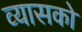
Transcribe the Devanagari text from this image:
व्यासको